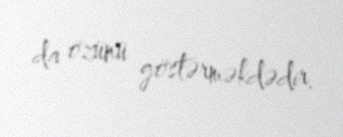
da özünü göstərməkdədir.